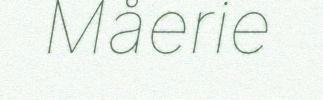
Måerie